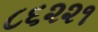
૮૬૨૨૧